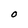
Character: O